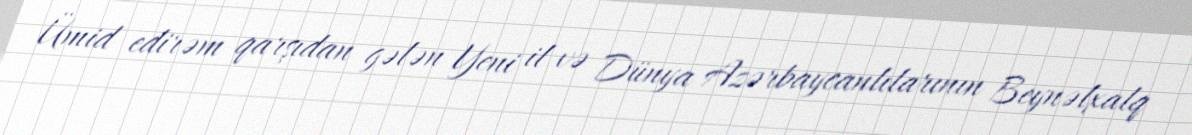
Ümid edirəm qarşıdan gələn Yeni il və Dünya Azərbaycanlılarının Beynəlxalq